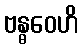
ဗန္ဓဝေဟိ